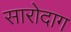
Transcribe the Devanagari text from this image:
सारोदाग